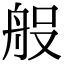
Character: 𮎆